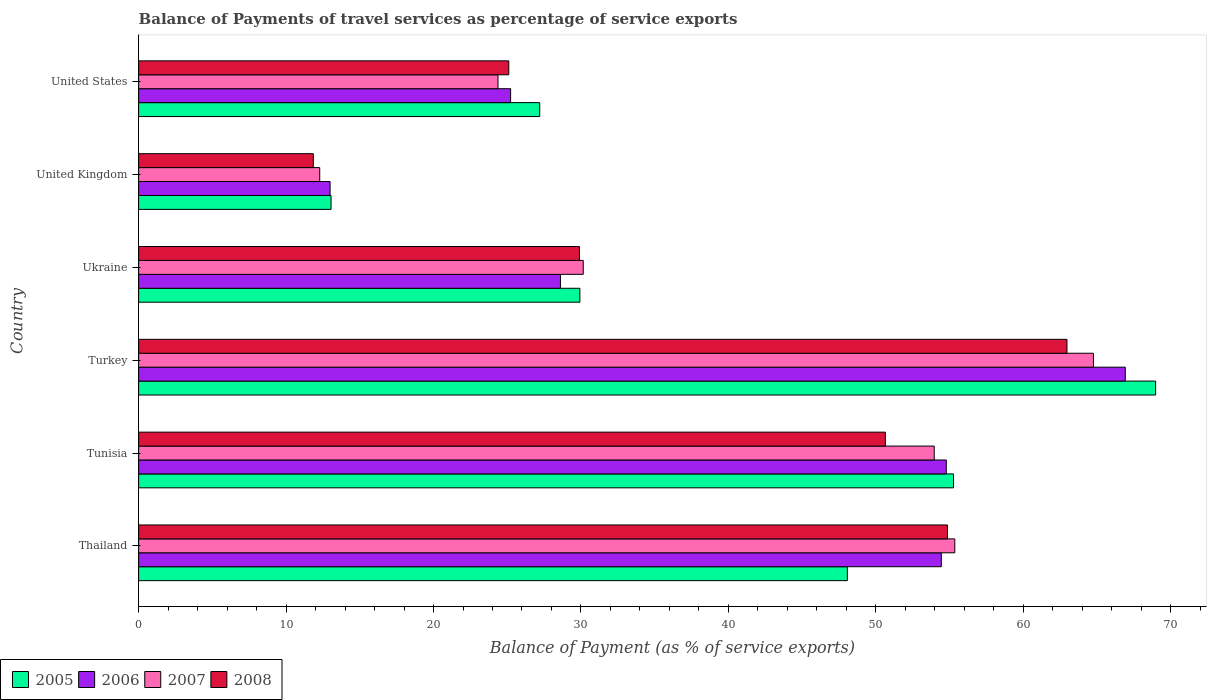
| Country | 2005 | 2006 | 2007 | 2008 |
 | --- | --- | --- | --- | --- |
 | Thailand | 48.1 | 54.4 | 55.4 | 54.9 |
 | Tunisia | 55.3 | 54.8 | 54 | 50.6 |
 | Turkey | 69 | 66.9 | 64.8 | 63 |
 | Ukraine | 29.9 | 28.6 | 30.2 | 29.9 |
 | United Kingdom | 13.1 | 13 | 12.3 | 11.8 |
 | United States | 27.2 | 25.2 | 24.4 | 25.1 |